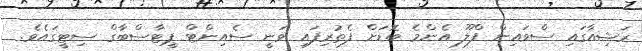
ރަޝިއާގައި ސްވައިން ފްލޫ އެންމެ ބޮޑަށް ފެތުރިފައި ވަނީ ސެއިންޓް ޕީޓާސްބާގް ސިޓީގައެވެ.